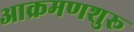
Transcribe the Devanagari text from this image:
आक्रमणशुरू